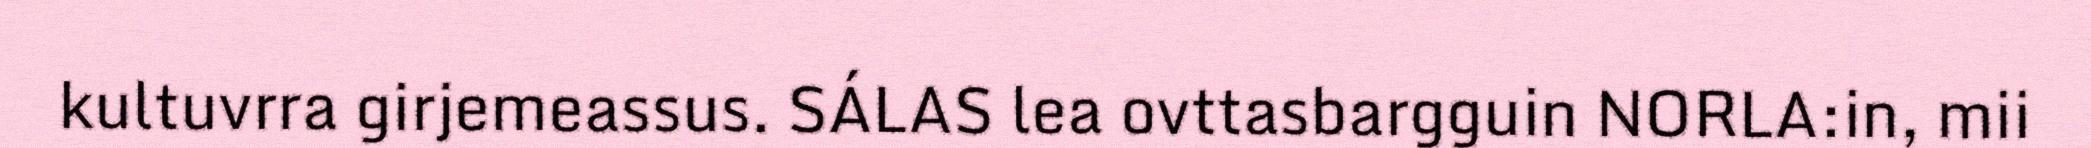
kultuvrra girjemeassus. SÁLAS lea ovttasbargguin NORLA:in, mii